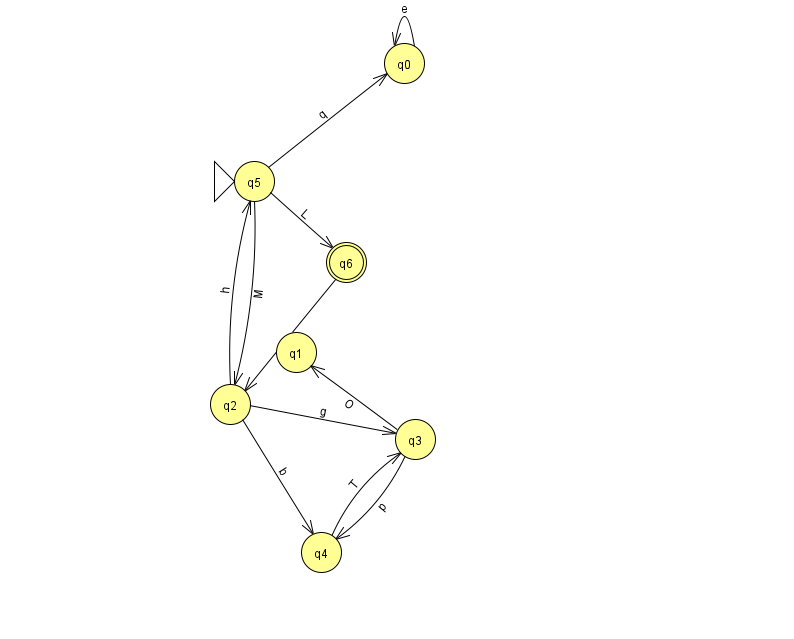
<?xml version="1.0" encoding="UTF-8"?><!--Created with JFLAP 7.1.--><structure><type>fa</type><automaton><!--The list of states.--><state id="0" name="q0"><x>404.0</x><y>50.0</y></state><state id="1" name="q1"><x>296.0</x><y>339.0</y></state><state id="2" name="q2"><x>230.0</x><y>391.0</y></state><state id="3" name="q3"><x>415.0</x><y>426.0</y></state><state id="4" name="q4"><x>321.0</x><y>539.0</y></state><state id="5" name="q5"><x>254.0</x><y>168.0</y><initial/></state><state id="6" name="q6"><x>346.0</x><y>249.0</y><final/></state><!--The list of transitions.--><transition><from>2</from><to>4</to><read>b</read></transition><transition><from>5</from><to>2</to><read>M</read></transition><transition><from>5</from><to>0</to><read>q</read></transition><transition><from>0</from><to>0</to><read>e</read></transition><transition><from>2</from><to>5</to><read>h</read></transition><transition><from>3</from><to>4</to><read>p</read></transition><transition><from>3</from><to>1</to><read>O</read></transition><transition><from>2</from><to>3</to><read>g</read></transition><transition><from>4</from><to>3</to><read>T</read></transition><transition><from>5</from><to>6</to><read>L</read></transition><transition><from>6</from><to>2</to><read>P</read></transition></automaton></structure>